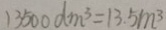
1 3 5 0 0 d m ^ { 3 } = 1 3 . 5 m ^ { 3 }